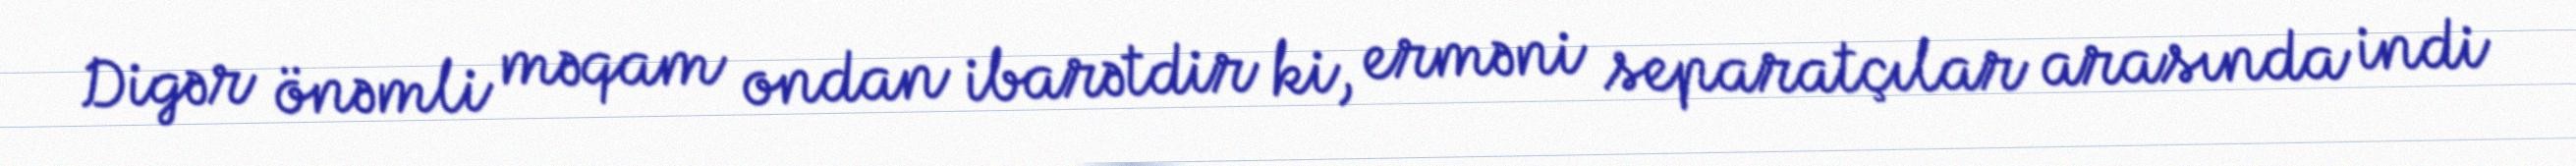
Digər önəmli məqam ondan ibarətdir ki, erməni separatçılar arasında indi